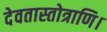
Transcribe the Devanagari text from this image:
देवतास्तोत्राणि।